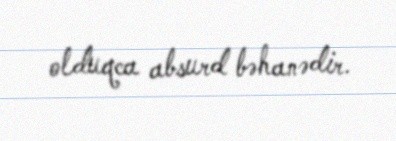
olduqca absurd bəhanədir.